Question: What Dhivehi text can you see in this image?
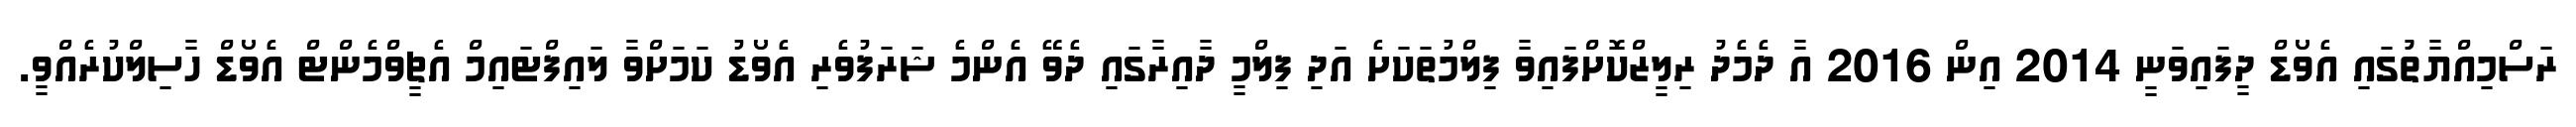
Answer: ރަސްމިއްޔާތުުގައި އެވޯޑް ދީފައިވަނީ 2014 އިން 2016 އާ ދެމެދު ރިލީޒްކޮށްފައިވާ ފިލްމުތަކަށެ އަދި ފިލްމީ ދާއިރާގައި ދެވޭ އެންމެ ޝަރަފުވެރި އެވޯޑު ކަމަށްވާ ލައިފްޓައިމް އެޗީވްމެންޓް އެވޯޑް ހާސިލްކުރެއްވީ.